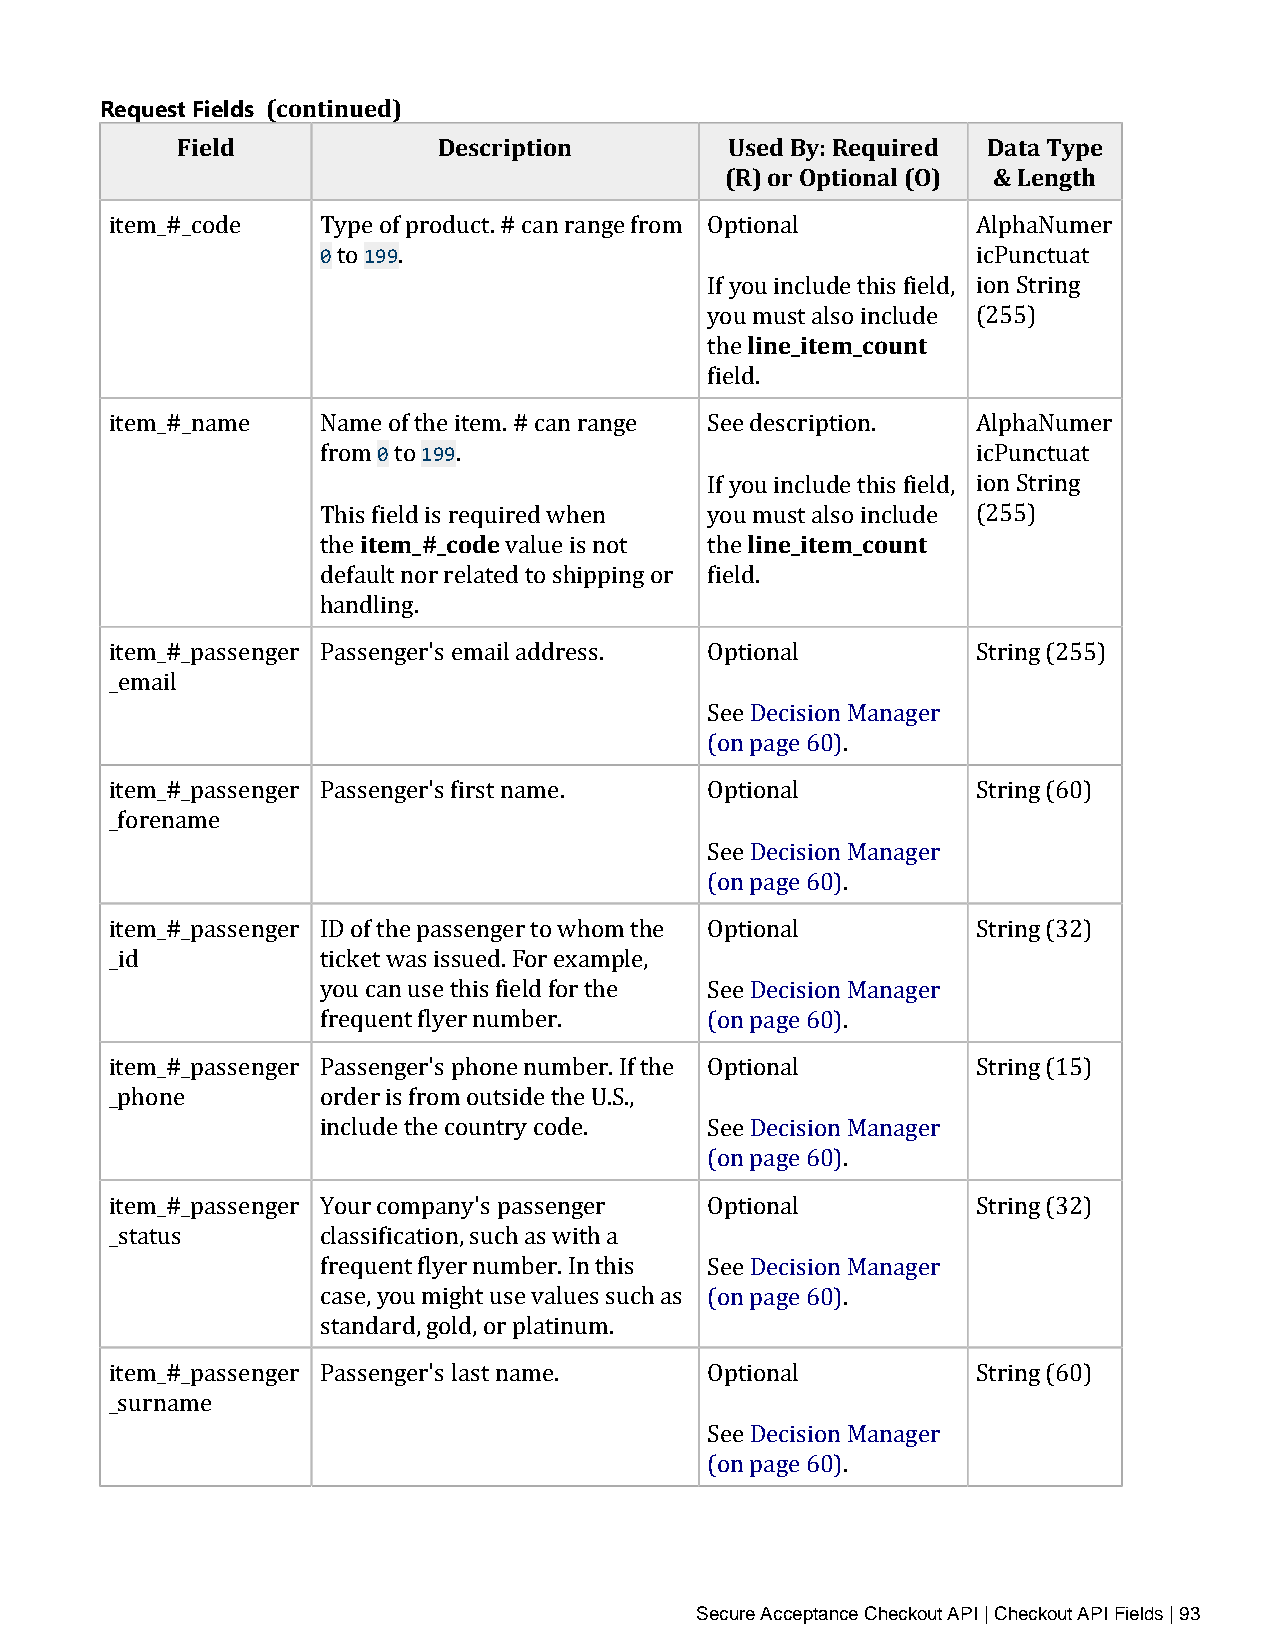
Request Fields (continued)
 Field            Description        Used By: Required Data Type
 (R) or Optional (O) & Length
 0  199
 item_#_code   Type of product. # can range from Optional  AlphaNumer
 to  .                                      icPunctuat
 If yoluin ien_ciltuedme _tchoisu fniet ld, ion String
 you must also include (255)
 the
 field.
 0  199
 item_#_name   Name of the item. # can range See description. AlphaNumer
 from to  .                                  icPunctuat
 item_#_code            If yoluin ien_ciltuedme _tchoisu fniet ld, ion String
 This field is required when you must also include (255)
 the         value is not  the
 default nor related to shipping or field.
 handling.
 item_#_passenger Passenger's email address. Optional      String (255)
 _email
 See Decision Manager
 (on page 60).
 item_#_passenger Passenger's first name. Optional         String (60)
 _forename
 See Decision Manager
 (on page 60).
 item_#_passenger ID of the passenger to whom the Optional String (32)
 _id           ticket was issued. For example,
 you can use this field for the See Decision Manager
 frequent flyer number.    (on page 60).
 item_#_passenger Passenger's phone number. If the Optional String (15)
 _phone        order is from outside the U.S.,
 include the country code. See Decision Manager
 (on page 60).
 item_#_passenger Your company's passenger Optional        String (32)
 _status       classification, such as with a
 frequent flyer number. In this See Decision Manager
 case, you might use values such as (on page 60).
 standard, gold, or platinum.
 item_#_passenger Passenger's last name. Optional          String (60)
 _surname
 See Decision Manager
 (on page 60).
 Secure Acceptance Checkout API | Checkout API Fields | 93